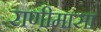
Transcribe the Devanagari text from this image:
राणीमासा